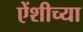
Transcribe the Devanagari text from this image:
एेंशीच्या